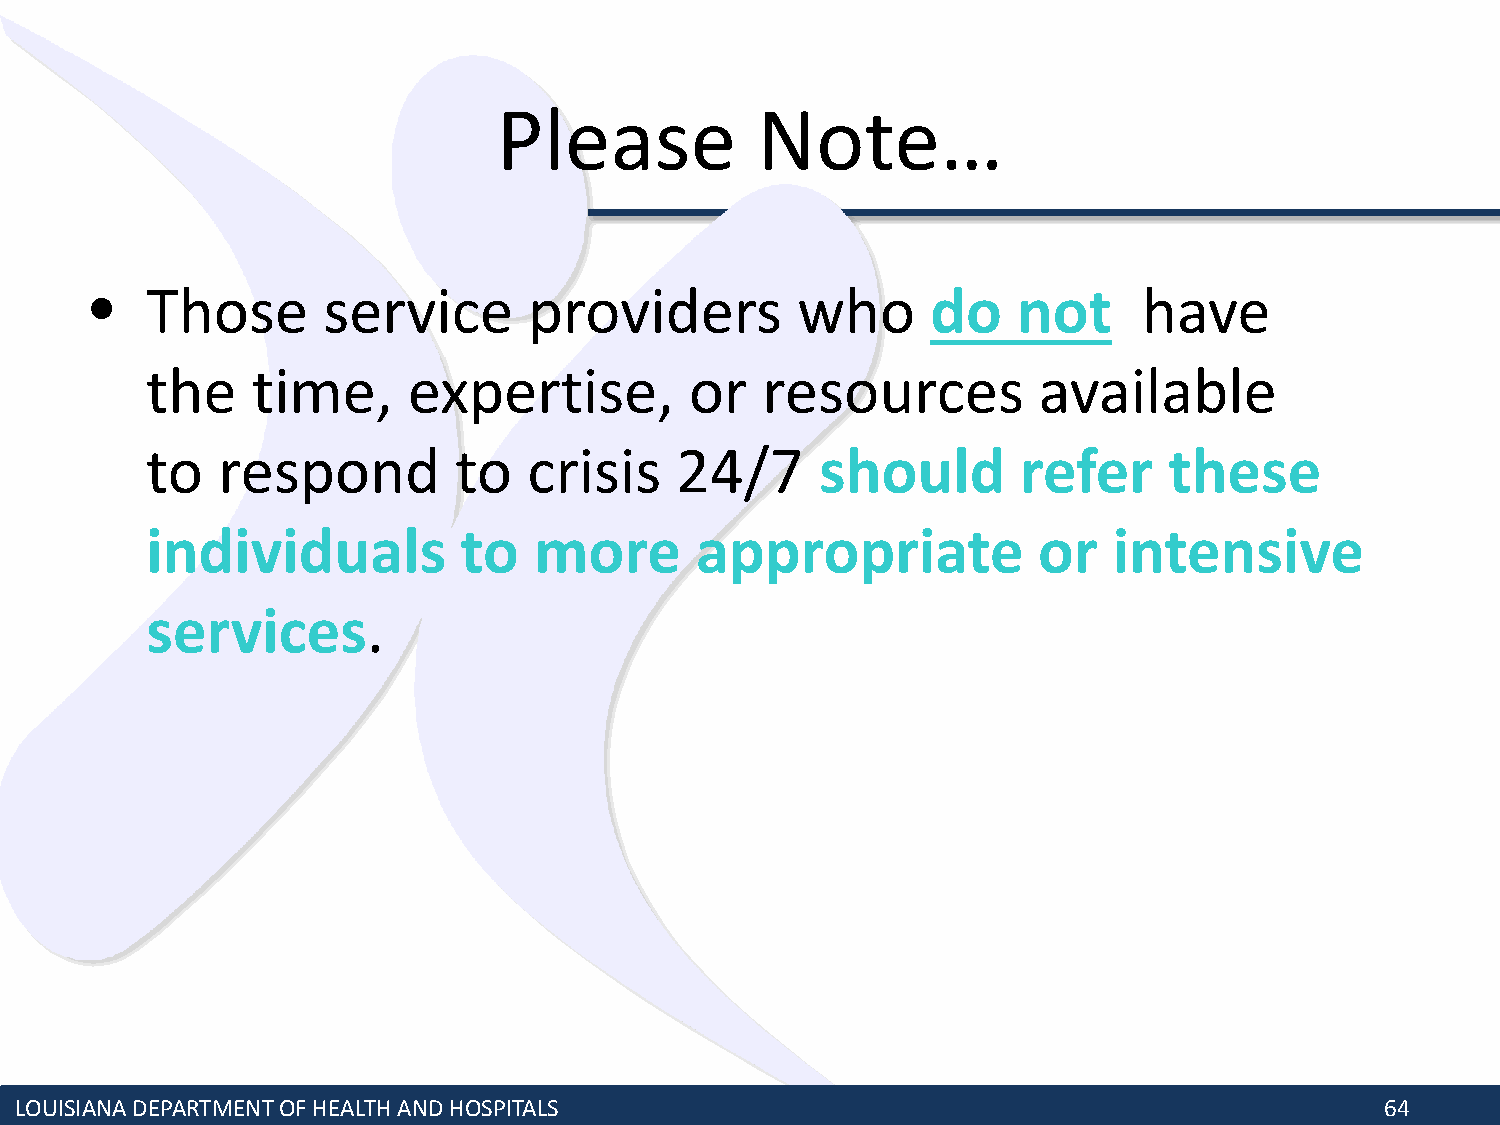
Please           Note…
 •   Those      service       providers         who      do   not      have
 the    time,     expertise,         or  resources          available
 to  respond         to   crisis    24/7     should        refer    these
 individuals         to   more       appropriate            or   intensive
 services.
 LOUISIANA DEPARTMENT OF HEALTH AND HOSPITALS                                               64